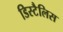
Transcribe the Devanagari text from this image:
डिस्टैलिस